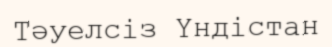
Тәуелсіз Үндістан